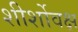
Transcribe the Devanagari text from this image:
शीर्शोवक्ष